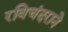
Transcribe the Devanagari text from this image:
रविचंदराने